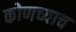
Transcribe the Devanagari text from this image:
कोणच्याच